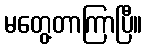
မတွေ့တာကြာပြီ။